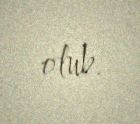
olub.